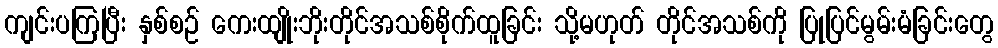
ကျင်းပကြပြီး နှစ်စဉ် ကေးထျိုးဘိုးတိုင်အသစ်စိုက်ထူခြင်း သို့မဟုတ် တိုင်အသစ်ကို ပြုပြင်မွမ်းမံခြင်းတွေ